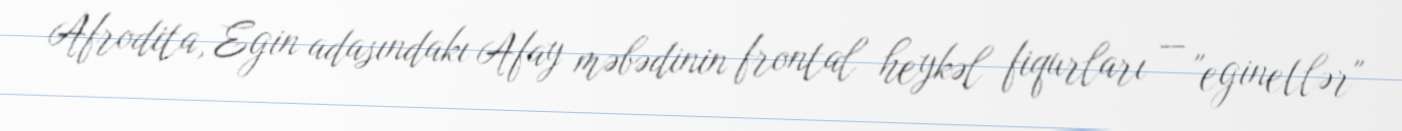
Afrodita, Egin adasındakı Afay məbədinin frontal heykəl fiqurları — "eginetlər"